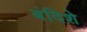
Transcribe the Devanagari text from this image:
बंदिशे